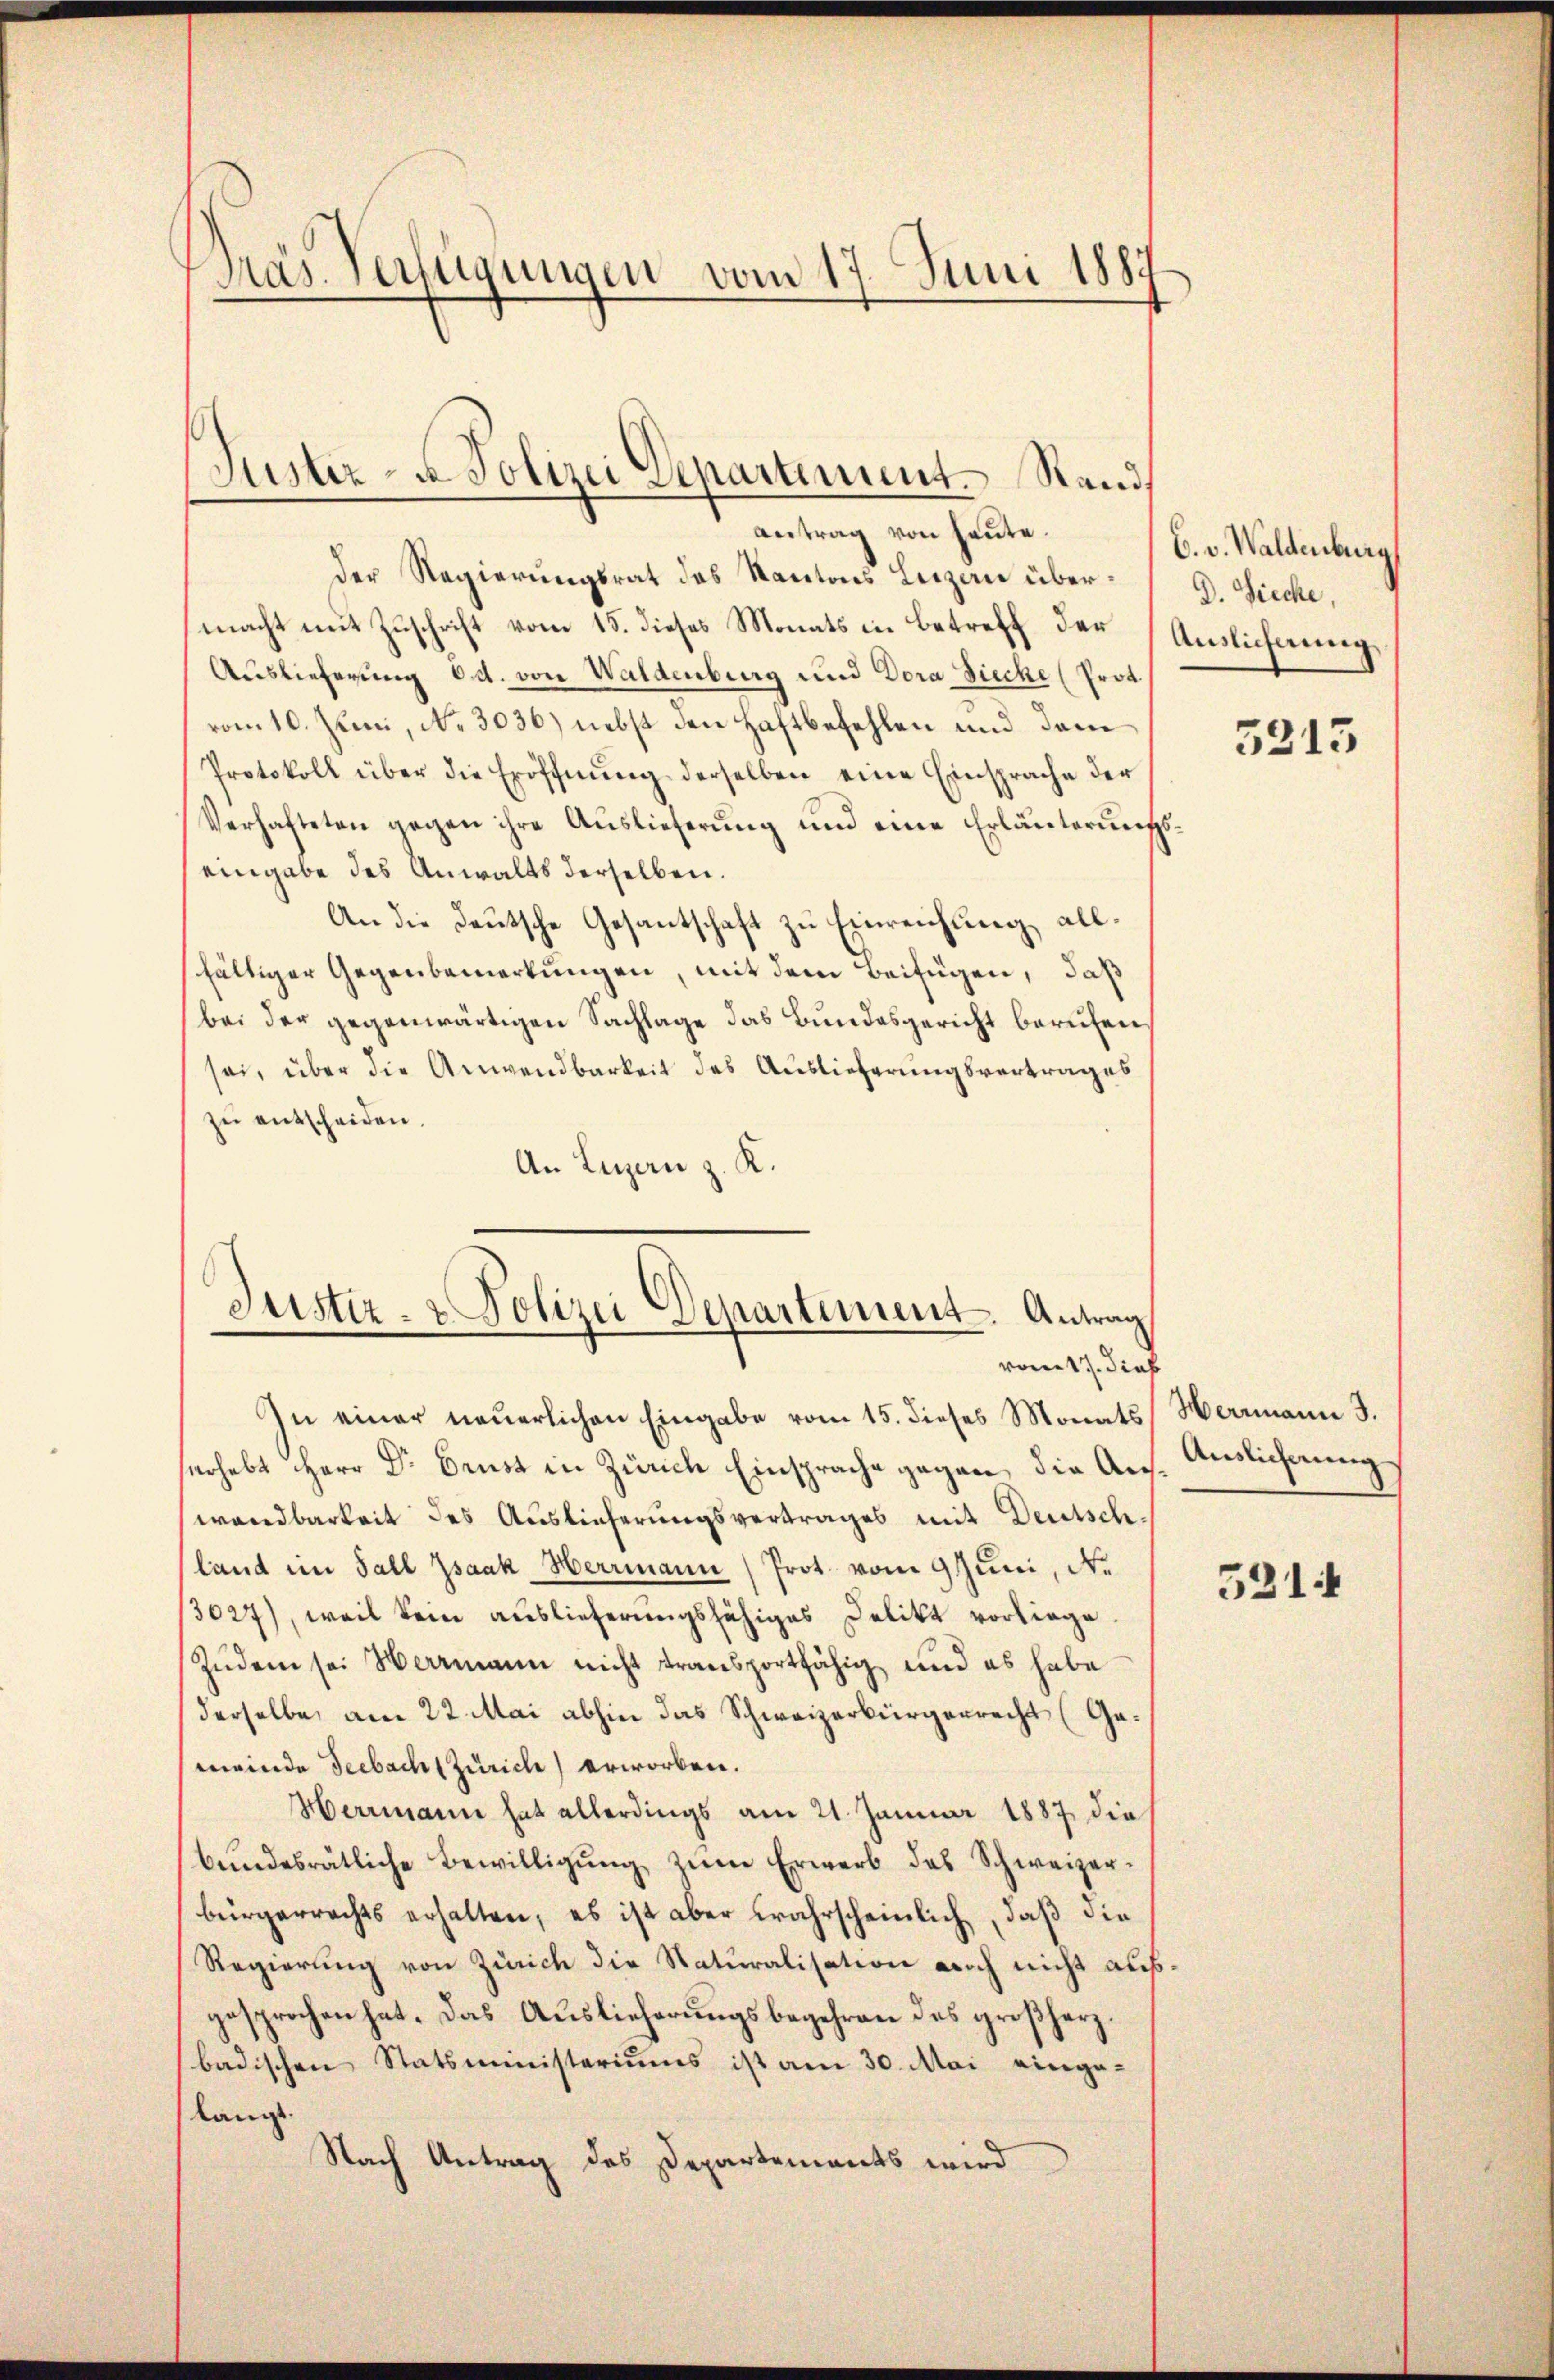
Präs. Verfügungen vom 17. Juni 1887

Der Regierungsrat des Kantons Leizen übermacht mit Zuschrift vom 15. dieses Monats in Betreff der Auslichnung,
Auslieferung od. von Waldenburg und Dora Zieche (Prot
vom 10. Juni, No. 3036) nebst den Haftbefehlen und dem
Protokoll über die Eröffnŭng derselben eine Einsprache der
Verhafteten gegen ihre Auslieferung und eine Erläuterungseingabe des Anwalts derselben.
An die deutsche Gesantschaft zu Einreichung allfältiger Gegenbemerkungen, mit dem Beifügen, daß
bei der gegenwärtigen Sachlage das Bundesgericht berufen,
sei, über die Anwendbarkeit des Auslieferungsvertrages
zu entscheiden.
An Luzern z. K.

Suster- u Polizei Departement. Rand,
antrag von heute.

Justiz- & Polizei Departement. Antrag
vom 17. Sieb

In einer neuerlichen Eingabe vom 15. dieses Monats, Hermann J.
serhebt Herr Dr Brust in Zürich Einsprache gegen, die Aus- Endlichnung
wandbarkeit des Auslieferungsvertrages mit Deutsch¬
(land im Fall Isaak Herrmann Prot. vom 9 Juni, N.
3027), weil kein auslieferungsfähiges Delikt vorliege.
Zudem sei Herrmann nicht transportfähig und es habe
derselbe, am 22. Mai abhin das Schweizerbürgerrecht (Gemeinde Seebacht Zürich) erworben.
Herrmann hat allerdings am 21. Januar 1887, die
bŭndesrätliche Bewilligŭng zŭm Erwerb des Schweizerbürgerrechts erhalten, es ist aber wahrscheinlich, daß die
Regierung von Zürich die Naturalisation auch nicht aus
gesprochen hat. Das Auslieferungsbegehren das großherzbadischen Statsministeriums ist am 30. Mai eingelangt.
Nach Antrag des Departements wird

6. v. Waldenburg
D. Sieche,

5215

5214